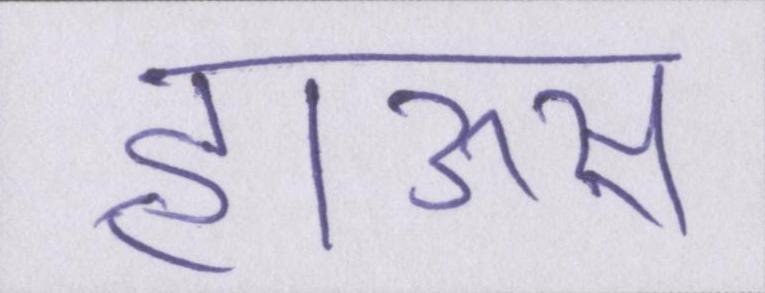
हाऊस